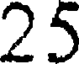
25